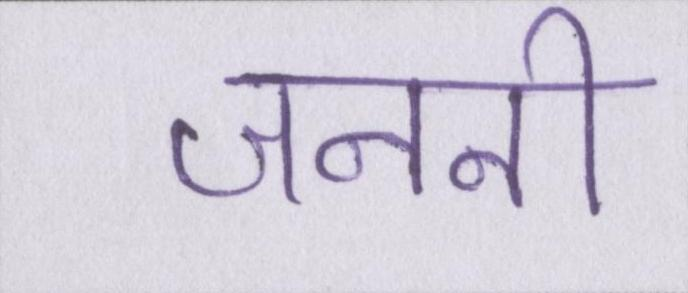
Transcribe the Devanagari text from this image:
जननी